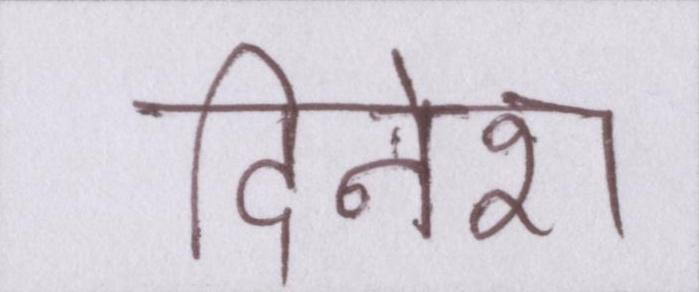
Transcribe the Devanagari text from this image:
दिनेश